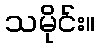
သမိုင်း။